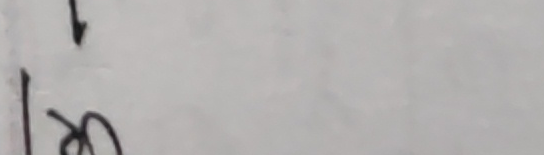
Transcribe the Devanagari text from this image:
१००